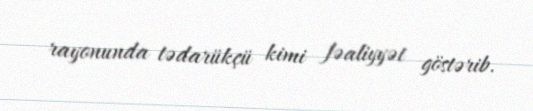
rayonunda tədarükçü kimi fəaliyyət göstərib.